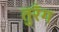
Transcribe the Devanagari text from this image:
तुरँग